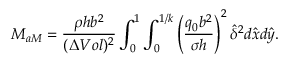
M _ { a M } = \frac { \rho h b ^ { 2 } } { ( \Delta V o l ) ^ { 2 } } \int _ { 0 } ^ { 1 } \int _ { 0 } ^ { 1 / k } \left( \frac { q _ { 0 } b ^ { 2 } } { \sigma h } \right) ^ { 2 } \hat { \delta } ^ { 2 } d \hat { x } d \hat { y } .